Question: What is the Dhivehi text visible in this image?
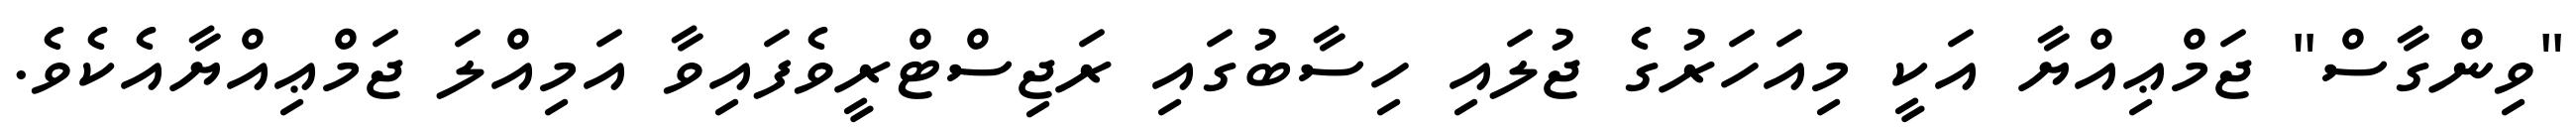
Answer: "ވިންގާސް" ޖަމްޢިއްޔާ އަކީ މިއަހަރުގެ ޖުލައި ހިސާބުގައި ރަޖިސްޓްރީވެފައިވާ އަމިއްލަ ޖަމްޢިއްޔާއެކެވެ.